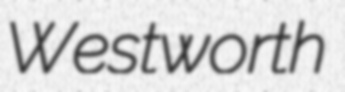
Westworth